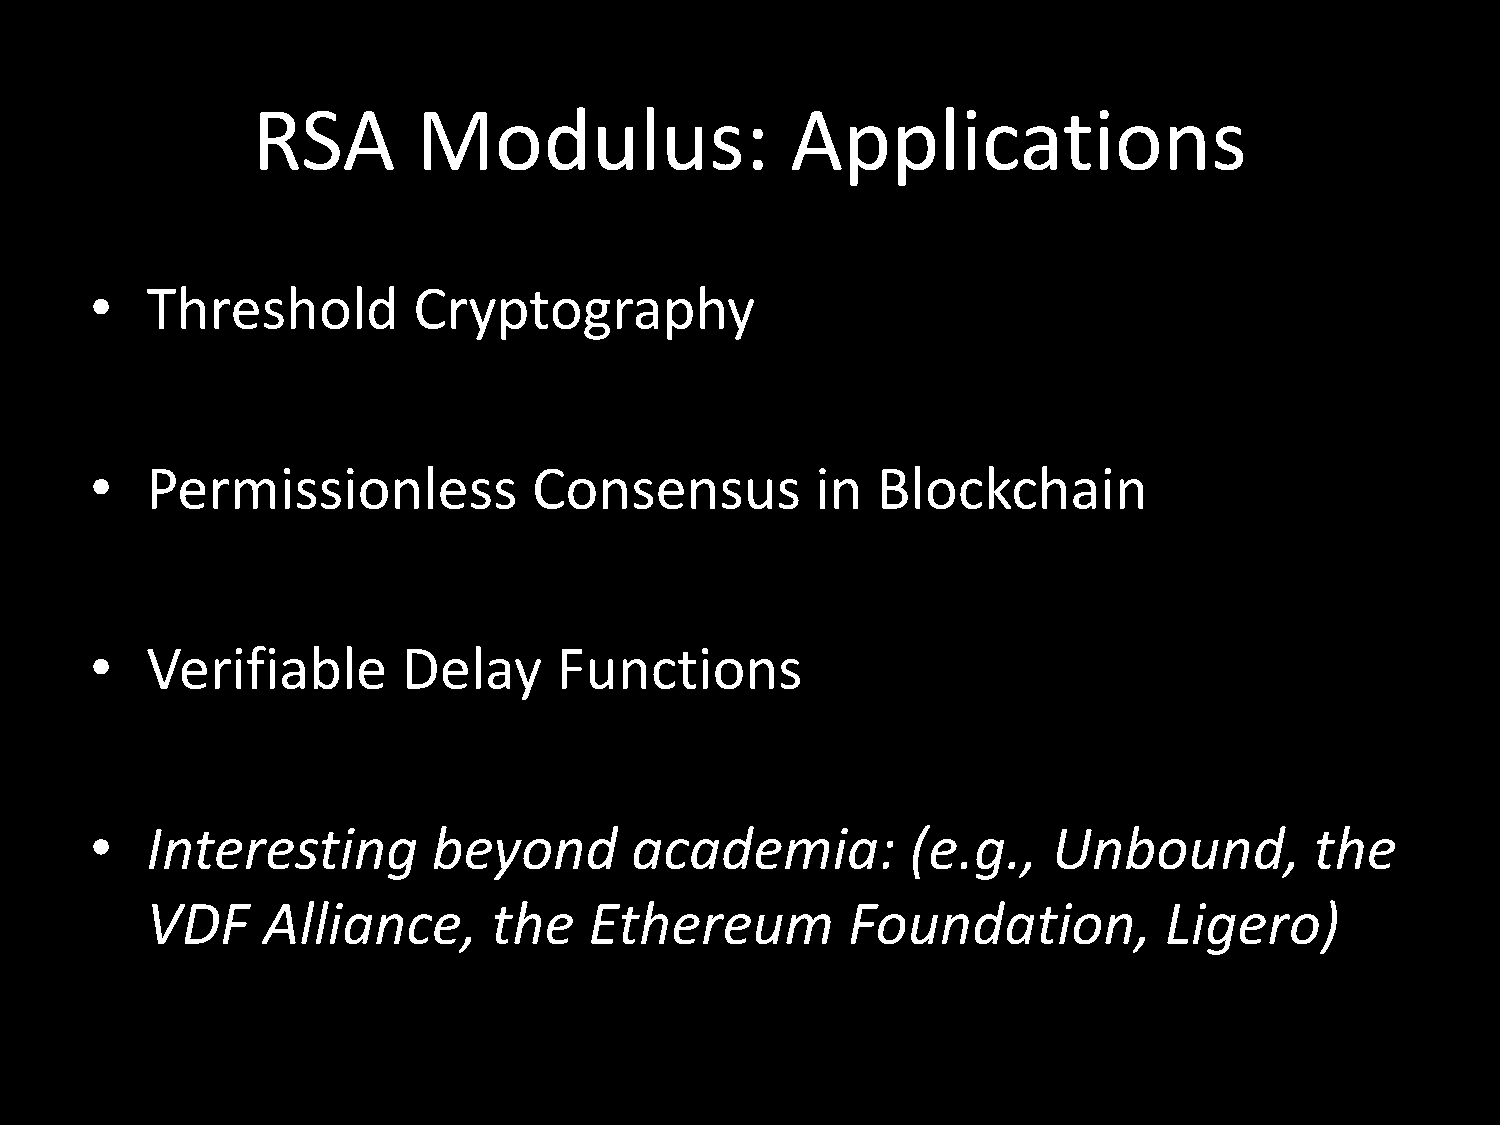
RSA        Modulus:                Applications
 •   Threshold        Cryptography
 •   Permissionless           Consensus          in  Blockchain
 •   Verifiable       Delay     Functions
 •   Interesting        beyond       academia:         (e.g.,    Unbound,         the
 VDF    Alliance,       the   Ethereum         Foundation,          Ligero)